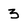
Character: 3